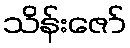
သိန်းဇော်